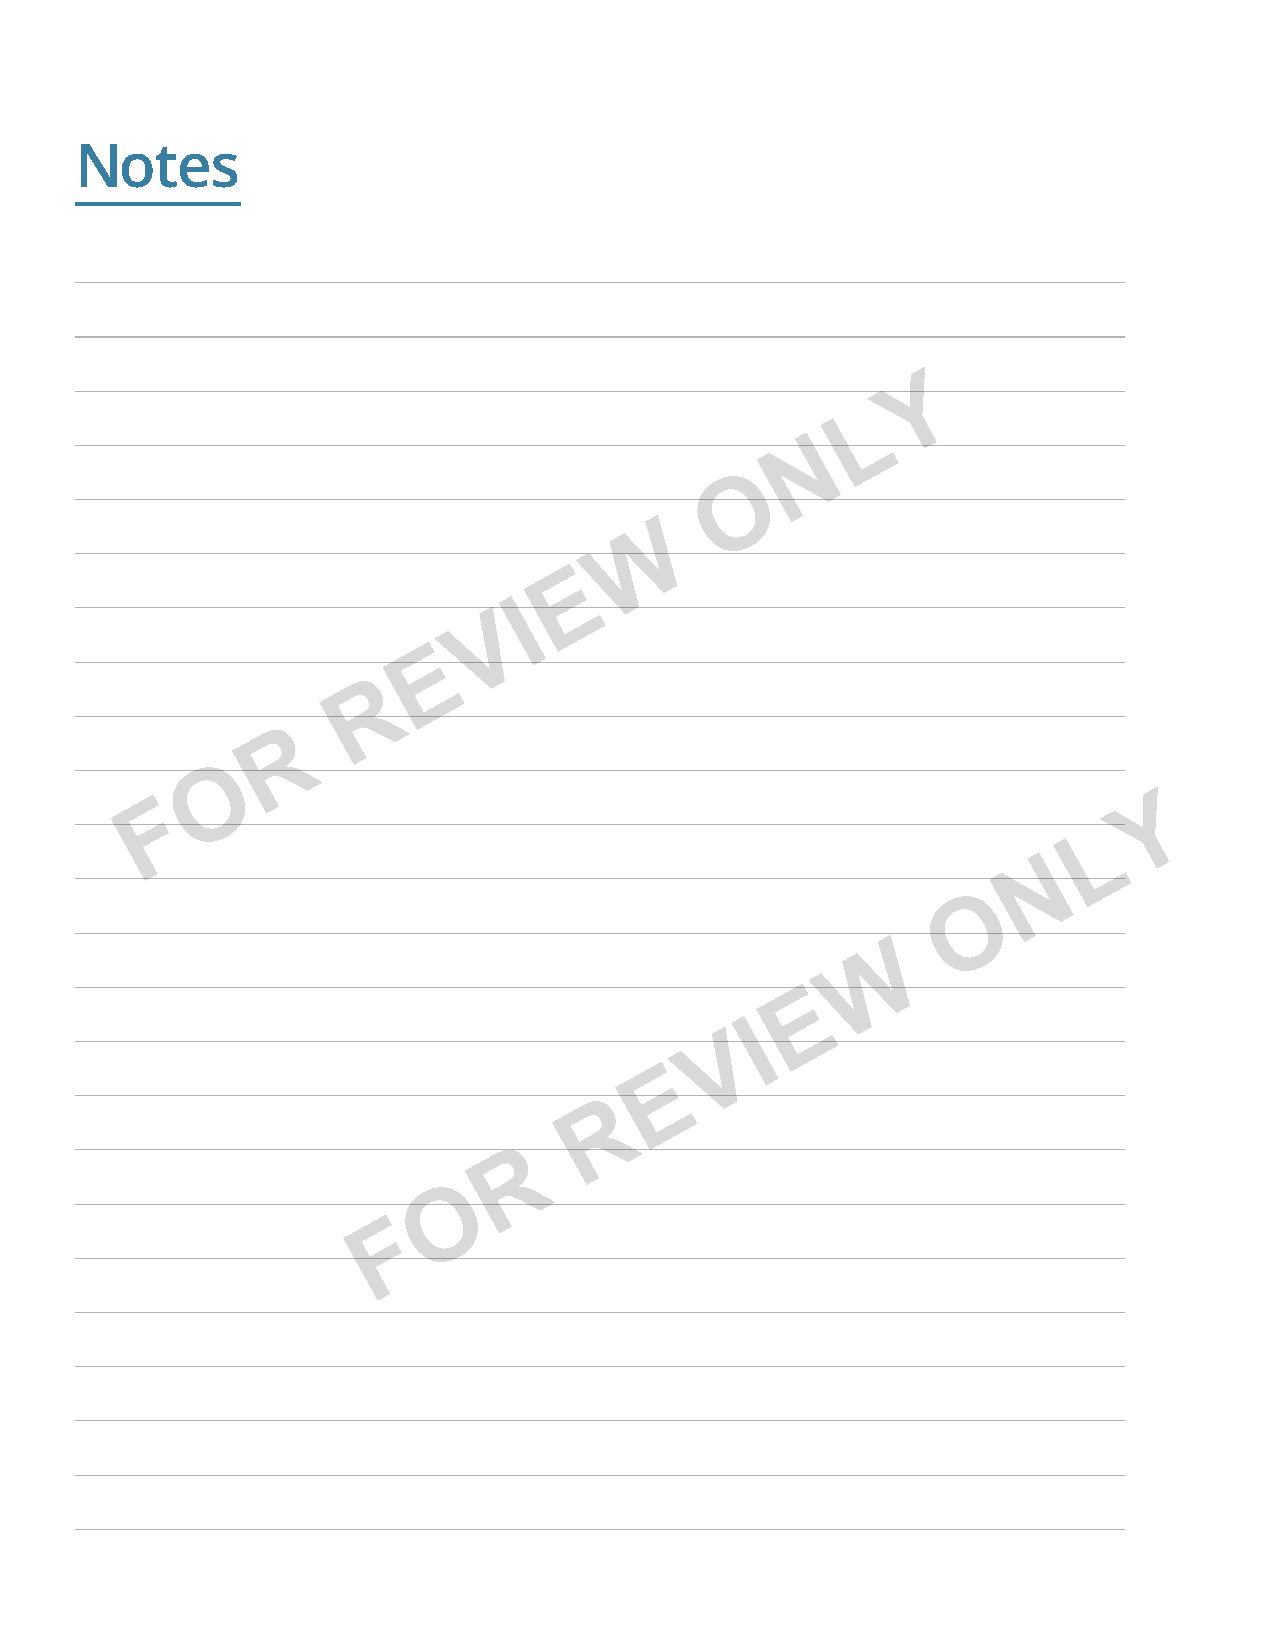
Notes
 Y
 L
 N
 O
 W
 E
 I
 V
 E
 R
 R
 O
 F                                                                 Y
 L
 N
 O
 W
 E
 I
 V
 E
 R
 R
 O
 F
 Note Template_Size1.indd 4                                                10/9/2017 3:06:31 PM